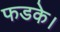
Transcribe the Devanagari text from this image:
फडके।